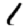
Digit: 1